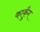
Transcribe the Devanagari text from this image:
कार्कुंग